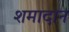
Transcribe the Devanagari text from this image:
शमादान